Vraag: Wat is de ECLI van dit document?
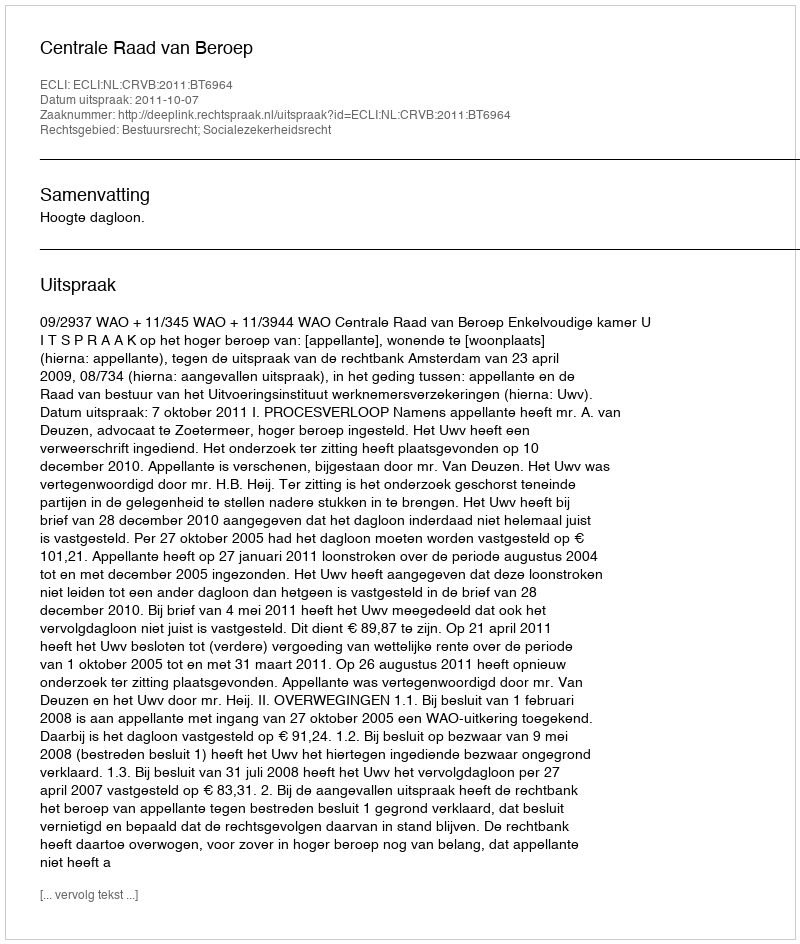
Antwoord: ECLI:NL:CRVB:2011:BT6964